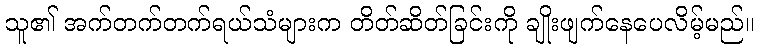
သူ၏ အက်တက်တက်ရယ်သံများက တိတ်ဆိတ်ခြင်းကို ချိုးဖျက်နေပေလိမ့်မည်။